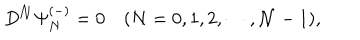
LaTeX: D ^ { \cal N } \Psi _ { N } ^ { ( - ) } = 0 \quad ( N = 0 , 1 , 2 , \cdots , { \cal N } - 1 ) ,